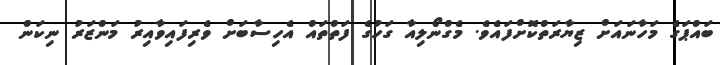
ބައްޕަގެ މަހާނައަށް ޒިޔާރަތްކޮށްފައެވެ. މެގްނޯލިއާ ގަހުގެ ފަތްތައް އެހިސާބަށް ވެރިފައިވާއިރު މަންޒަރު ނިކަން